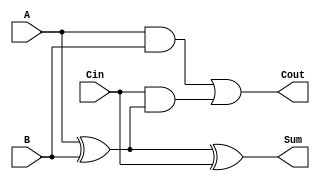
module FullAdder (
    input wire A,     // First input bit
    input wire B,     // Second input bit
    input wire Cin,   // Carry-in bit
    output wire Sum,  // Resulting sum bit
    output wire Cout  // Carry-out bit
);

// Behavioral description using continuous assignments
assign Sum = A ^ B ^ Cin; // Sum is A XOR B XOR Cin
assign Cout = (A & B) | (Cin & (A ^ B)); // Cout is (A AND B) OR (Cin AND (A XOR B))

endmodule